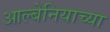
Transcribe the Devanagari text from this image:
आल्बेनियाच्या